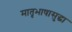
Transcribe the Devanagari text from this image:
मातृभाषासुद्धा